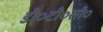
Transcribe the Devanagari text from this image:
डी०टी०सी०